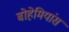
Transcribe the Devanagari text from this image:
बोहेमियांस